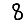
Digit: 8